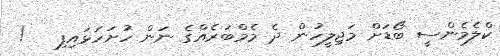
ކްލެމެންސީ ބޯޑަށް މަޖިލީހުން ދެ މެމްބަރެއްގެ ނަން ހުށަހަޅައިފި   !